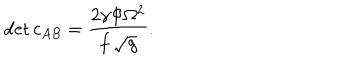
LaTeX: \det c _ { A B } = { \frac { 2 \gamma \Phi \Omega ^ { 2 } } { f \, \sqrt { g } } } .